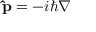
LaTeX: \mathbf { \hat { p } } = - i \hbar \nabla